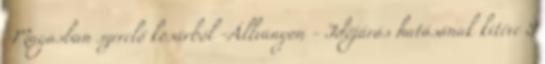
-Magasban szerelő kosárból -Állványon - Időjárás hatásának kitéve 9